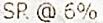
SR @ 6%